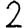
Digit: 2